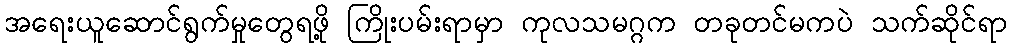
အရေးယူဆောင်ရွက်မှုတွေရဖို့ ကြိုးပမ်းရာမှာ ကုလသမဂ္ဂက တခုတင်မကပဲ သက်ဆိုင်ရာ